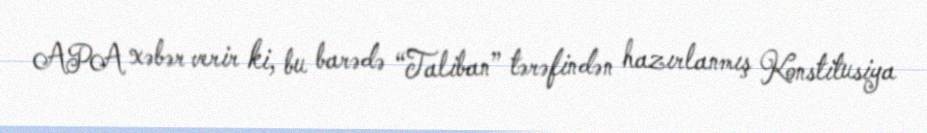
APA xəbər verir ki, bu barədə “Taliban” tərəfindən hazırlanmış Konstitusiya